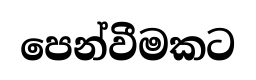
පෙන්වීමකට